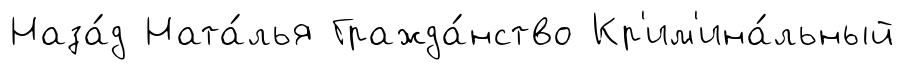
Наза́д Ната́лья Гражда́нство Кр'им'ина́льный